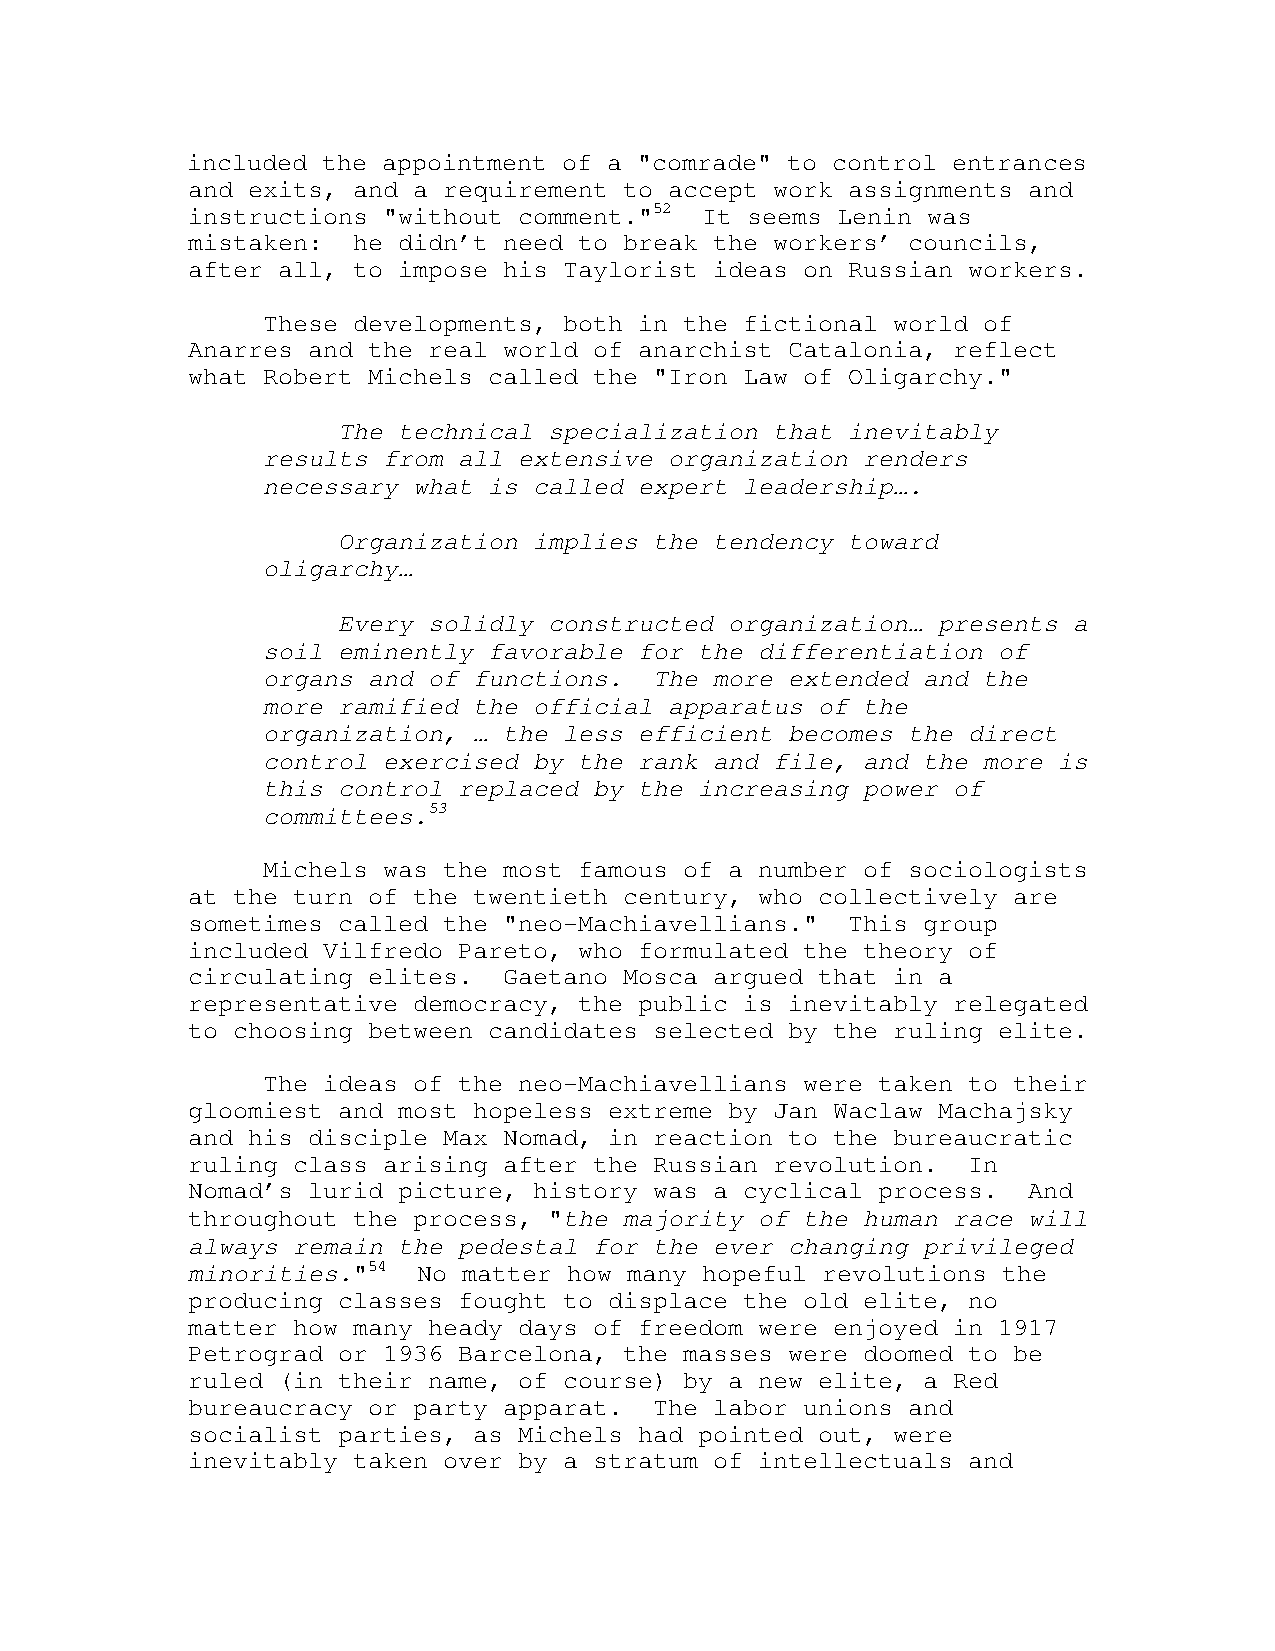
included the appointment of a "comrade" to control entrances
 and exits, and a requirement to accept work assignments and
 instructions "without comment."52 It seems Lenin was
 mistaken:  he didn’t need to break the workers’ councils,
 after all, to impose his Taylorist ideas on Russian workers.
 These developments, both in the fictional world of
 Anarres and the real world of anarchist Catalonia, reflect
 what Robert Michels called the "Iron Law of Oligarchy."
 The technical specialization that inevitably
 results from all extensive organization renders
 necessary what is called expert leadership….
 Organization implies the tendency toward
 oligarchy…
 Every solidly constructed organization… presents a
 soil eminently favorable for the differentiation of
 organs and of functions.  The more extended and the
 more ramified the official apparatus of the
 organization, … the less efficient becomes the direct
 control exercised by the rank and file, and the more is
 this control replaced by the increasing power of
 committees.53
 Michels was the most famous of a number of sociologists
 at the turn of the twentieth century, who collectively are
 sometimes called the "neo-Machiavellians."  This group
 included Vilfredo Pareto, who formulated the theory of
 circulating elites.  Gaetano Mosca argued that in a
 representative democracy, the public is inevitably relegated
 to choosing between candidates selected by the ruling elite.
 The ideas of the neo-Machiavellians were taken to their
 gloomiest and most hopeless extreme by Jan Waclaw Machajsky
 and his disciple Max Nomad, in reaction to the bureaucratic
 ruling class arising after the Russian revolution.  In
 Nomad’s lurid picture, history was a cyclical process.  And
 throughout the process, "the majority of the human race will
 always remain the pedestal for the ever changing privileged
 minorities."54  No matter how many hopeful revolutions the
 producing classes fought to displace the old elite, no
 matter how many heady days of freedom were enjoyed in 1917
 Petrograd or 1936 Barcelona, the masses were doomed to be
 ruled (in their name, of course) by a new elite, a Red
 bureaucracy or party apparat.  The labor unions and
 socialist parties, as Michels had pointed out, were
 inevitably taken over by a stratum of intellectuals and